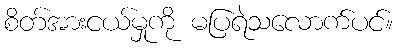
စိတ်အားငယ်မှုကို မပြရဲသလောက်ပင်။